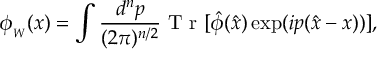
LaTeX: \phi _ { _ W } ( x ) = \int \frac { d ^ { n } p } { ( 2 \pi ) ^ { n / 2 } } \textrm { T r } [ \hat { \phi } ( \hat { x } ) \exp ( i p ( \hat { x } - x ) ) ] ,